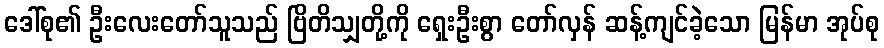
ဒေါ်စု၏ ဦးလေးတော်သူသည် ဗြိတိသျှတို့ကို ရှေးဦးစွာ တော်လှန် ဆန့်ကျင်ခဲ့သော မြန်မာ အုပ်စု